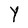
Character: Y